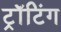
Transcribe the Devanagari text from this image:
ट्रॉटिंग